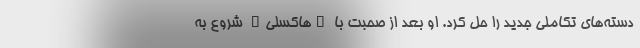
دسته‌های تکاملی جدید را حل کرد. او بعد از صحبت با "هاکسلی" شروع به